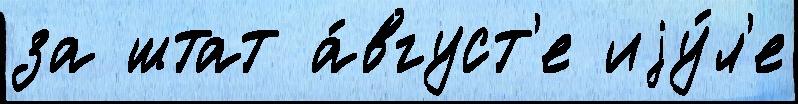
за штат а́вгуст'е иjу́л'е